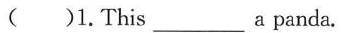
( )1.This___ a panda.